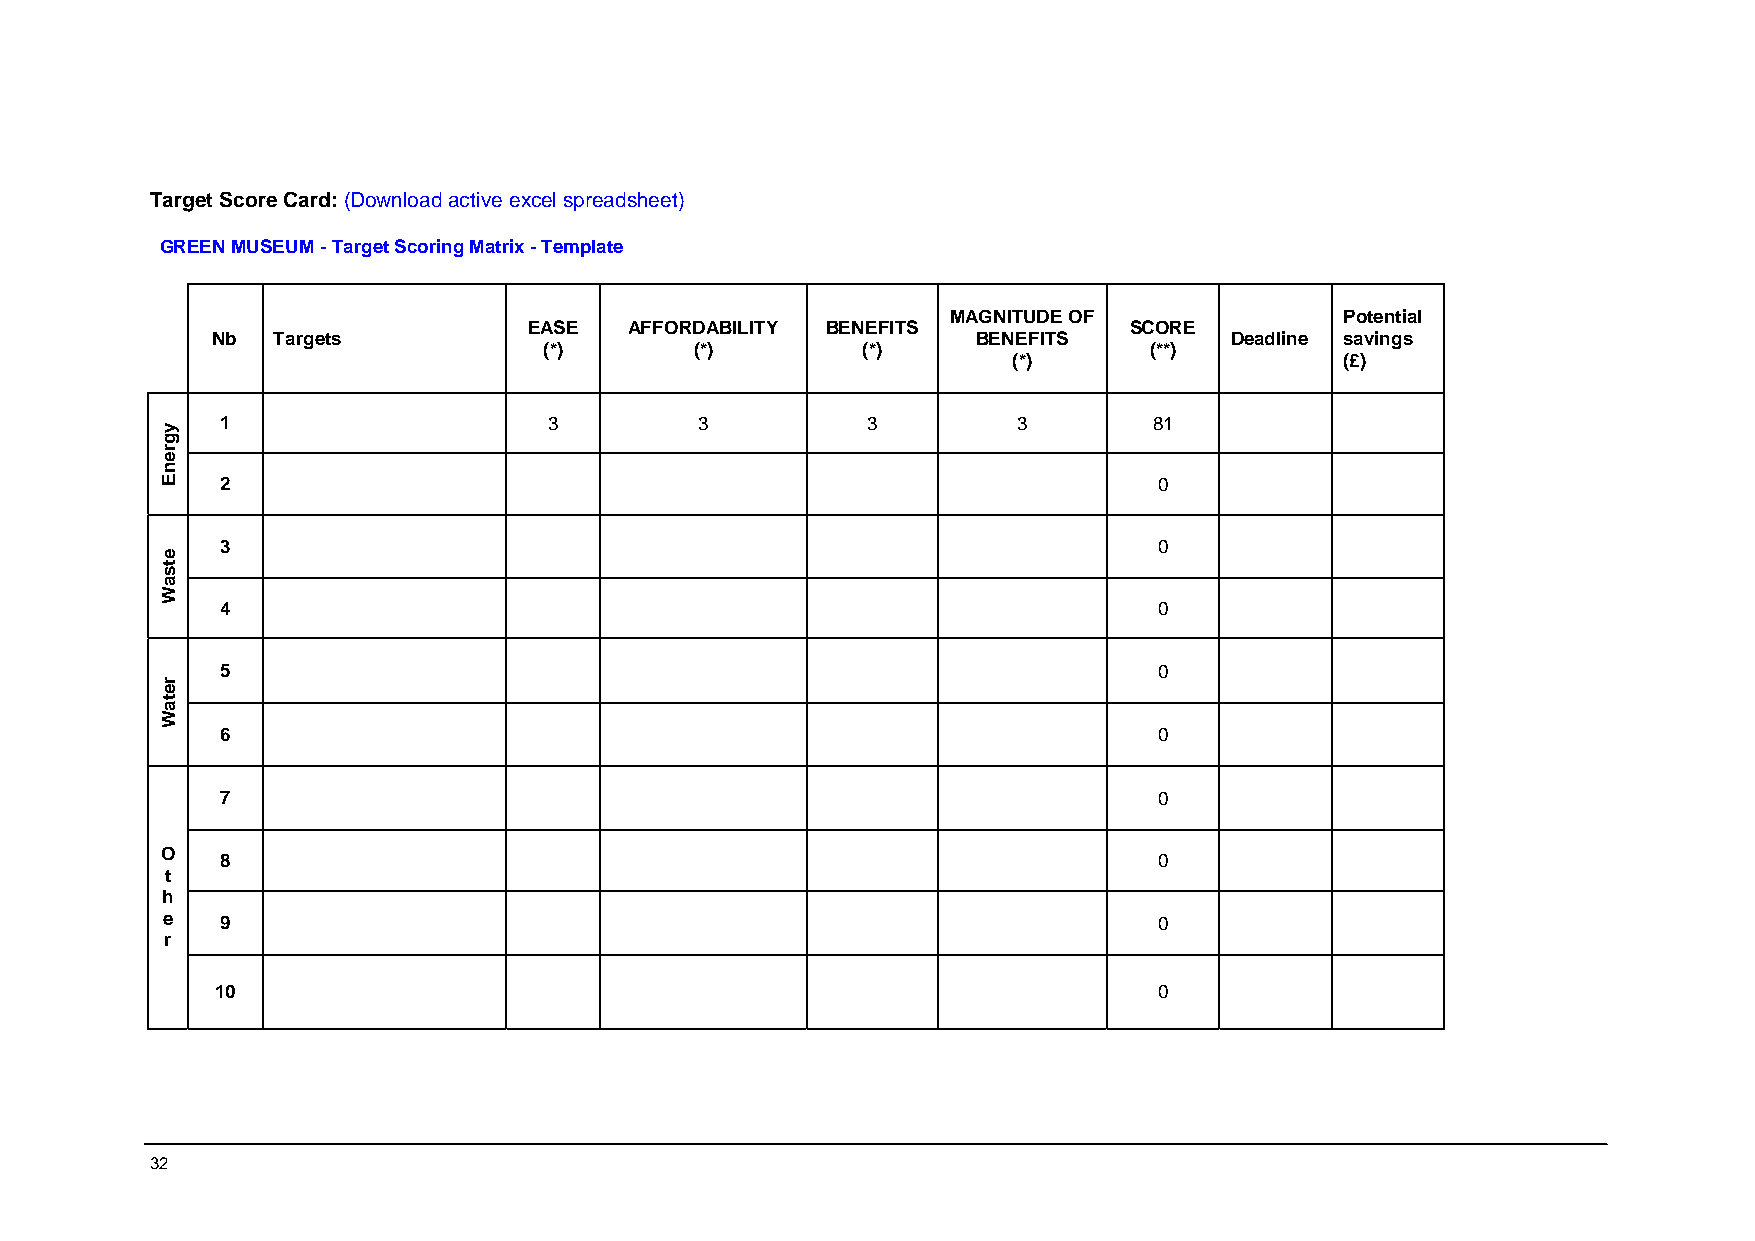
Target Score Card: (Download active excel spreadsheet)
 GREEN MUSEUM - Target Scoring Matrix - Template
 MAGNITUDE OF              Potential
 EASE   AFFORDABILITY BENEFITS           SCORE
 Nb  Targets                                        BENEFITS        Deadline savings
 (*)       (*)        (*)                (**)
 (*)                   (£)
 1                    3         3          3         3        81
 2                                                             0
 3                                                             0
 4                                                             0
 5                                                             0
 6                                                             0
 7                                                             0
 O
 8                                                             0
 t
 h
 e   9                                                             0
 r
 10                                                             0
 32
 ygrenE
 etsaW
 retaW